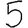
Digit: 5